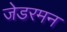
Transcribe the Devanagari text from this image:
जेडरमन